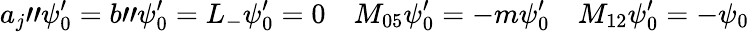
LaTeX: a_{j}"\psi_{0}^{\prime}=b"\psi_{0}^{\prime}=L_{-}\psi_{0}^{\prime}=0\quad M_{05}\psi_{0}^{\prime}=-m\psi_{0}^{\prime}\quad M_{12}\psi_{0}^{\prime}=-\psi_{0}